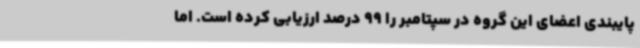
پایبندی اعضای این گروه در سپتامبر را 99 درصد ارزیابی کرده است. اما